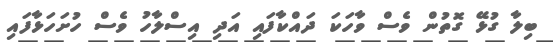
ބިލާ ގުޅޭ ގޮތުން ވެސް ވާހަކަ ދައްކާފައި އަދި އިސްލާހު ވެސް ހުށަހަޅާފައި